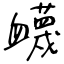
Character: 衊